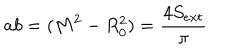
a b = ( M ^ { 2 } - R _ { 0 } ^ { 2 } ) = \frac { 4 S _ { e x t } } { \pi }